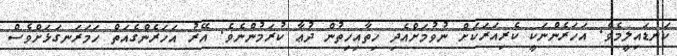
ކަނޑައިިލީމެވެ. އަހަރެންނަކީ ކެރިއަރަކަށް ނުވުމަށްއެދި ހިތާއިހިތުން ދުޢާ ކުރަމުންނެވެ. އޭރު އަހަރެންގެއަތް ހަމަރަނގަޅަށްވެސް